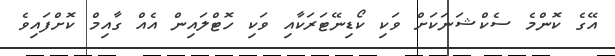
އޭގެ ކޮންމެ ސެކްޝަނަކަށް ވަކި ކޯޑިނޭޓަރަކާއި ވަކި ހޮޓްލައިން އެއް ގާއިމް ކޮށްފައިވެ